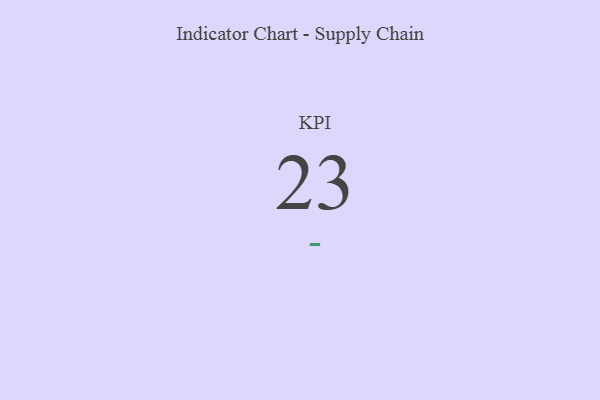
{"axis": {"x": "KPI", "y": "Value"}, "legend": [""], "data": [{"x": "KPI", "y": 23, "type": ""}]}